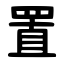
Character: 置